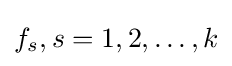
f_{s},s=1,2,\dots ,k